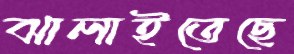
ঝালাইতেছে